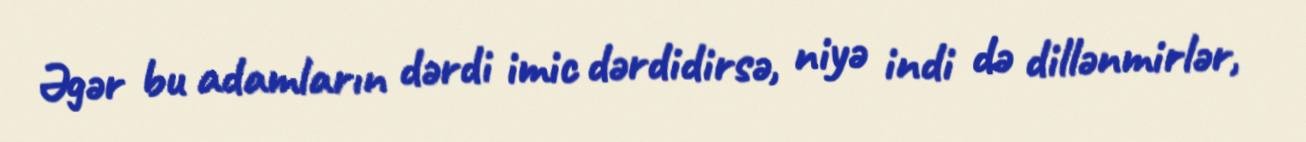
Əgər bu adamların dərdi imic dərdidirsə, niyə indi də dillənmirlər,